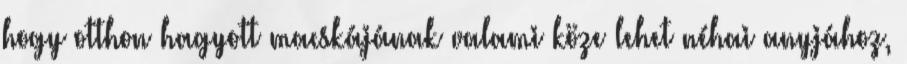
hogy otthon hagyott macskájának valami köze lehet néhai anyjához,